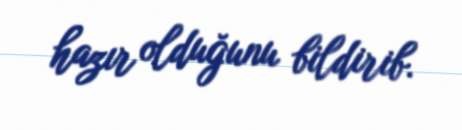
hazır olduğunu bildirib.